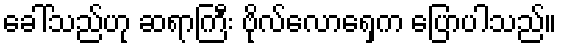
ခေါ်သည်ဟု ဆရာကြီး ဗိုလ်လောရှေက ပြောပါသည်။